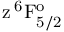
\mathrm { z \, ^ { 6 } F _ { 5 / 2 } ^ { o } }